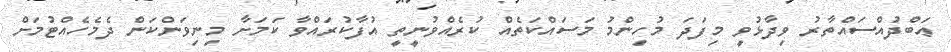
ޢަބްދުއްސައްތާރު ވިދާޅުވީ މިފަދަ މުހިންމު މަސައްކަތެއް ކުރެއްވުނީތީ އުފާކުރައްވާ ކަމަށާ މިނިވަންކަން ދެމެހެއްޓުމަށް